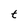
Character: t